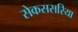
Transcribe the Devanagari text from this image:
सेकससरिया